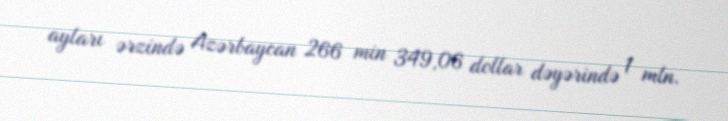
ayları ərzində Azərbaycan 266 min 349,06 dollar dəyərində 1 mln.